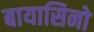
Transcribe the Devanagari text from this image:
बायासिनो